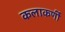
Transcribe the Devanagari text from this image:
कलाकर्णी